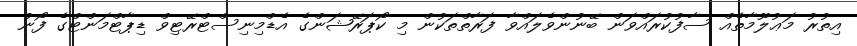
އިތުރު މަޢުލޫމާތެއް ސާފުކުރައްވަން ބޭނުންވެލައްވާ ފަރާތްތަކުން މި ކޯޕަރޭޝަންގެ އެޑްމިނިސްޓްރޭޓިވް ޑިޕާޓްމަންޓްގެ ފޯނު